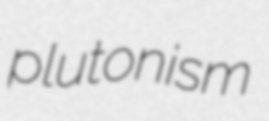
plutonism